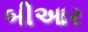
બીઆર